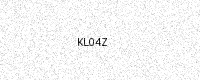
Text: KL04Z